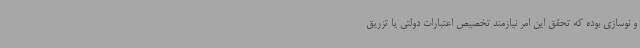
و نوسازی بوده که تحقق این امر نیازمند تخصیص اعتبارات دولتی یا تزریق